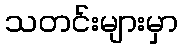
သတင်းများမှာ